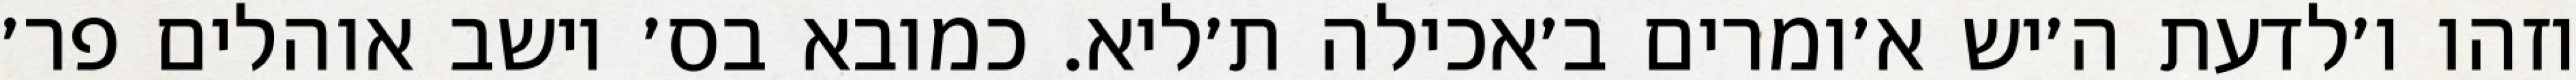
וזהו ו׳לדעת ה׳יש א׳ומרים ב׳אכילה ת׳ליא. כמובא בס׳ יושב אוהלים פר׳